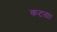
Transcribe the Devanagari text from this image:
कटता।